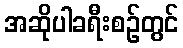
အဆိုပါခရီးစဉ်တွင်